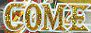
COME